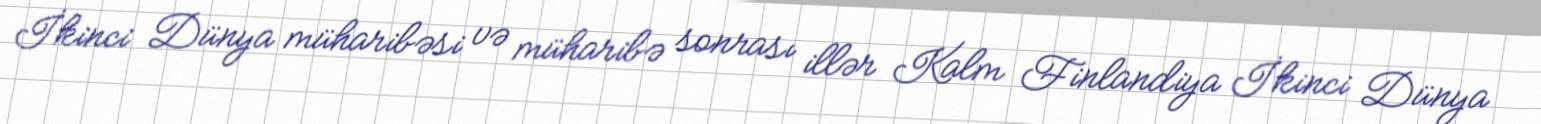
İkinci Dünya müharibəsi və müharibə sonrası illər Kalm Finlandiya İkinci Dünya